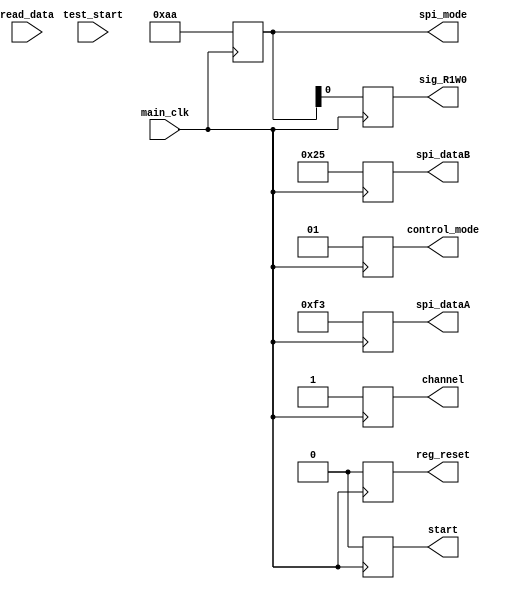
module reg_test #
  (
  parameter integer C_S_AXI_DATA_WIDTH =32,
  parameter integer C_S_ADDR_WIDTH =5
    
  
  )
  (
    output reg [1:0]control_mode,
    output reg [7:0]spi_mode,
    output reg [7:0]spi_dataA,
    output reg [7:0]spi_dataB,
    output reg sig_R1W0,
    output reg start,
    input [7:0] read_data,
    input main_clk,
    
    output reg reg_reset,
    output reg channel,
    input test_start
  
  );
  
  reg [7:0] slv_reg0=8'b00100101; //control mode 3:2 01 SPI 10 PARAL
  reg [7:0] slv_reg1=8'b10101010;// the last bit  1:read  0:write
  reg [7:0] slv_reg2=8'b11110011;// channel A data
  reg [7:0] slv_reg3;   //read back data
  reg [7:0] slv_reg4=8'b00100101; // channel b data
  
  
  
  always @(posedge main_clk)
  begin
    control_mode[1:0]<=slv_reg0[3:2];
    reg_reset<=slv_reg0[4];
    channel<=slv_reg0[5];
    spi_mode[7:0]<=slv_reg1[7:0];
    spi_dataA[7:0]<=slv_reg2[7:0];
    spi_dataB[7:0]<=slv_reg4[7:0];
    
    sig_R1W0<=spi_mode[0];
    start<=slv_reg0[1];
    slv_reg3[7:0]<=read_data[7:0];
    
  end
  
  endmodule